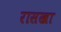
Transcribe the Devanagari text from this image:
रासखा